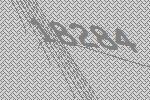
18284